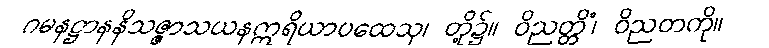
ဂမနဋ္ဌာနနိသဇ္ဇာသယနဣရိယာပထေသု၊ တို့၌။ ဝိညတ္တိံ၊ ဝိညတကို။